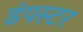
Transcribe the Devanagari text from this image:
डंपस्टर